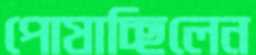
পোষাচ্ছিলেন